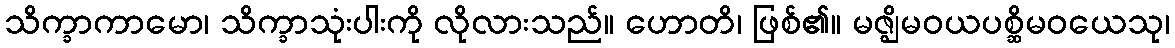
သိက္ခာကာမော၊ သိက္ခာသုံးပါးကို လိုလားသည်။ ဟောတိ၊ ဖြစ်၏။ မဇ္ဈိမဝယပစ္ဆိမဝယေသု၊